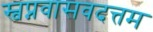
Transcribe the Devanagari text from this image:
स्वप्नवासवदत्तम